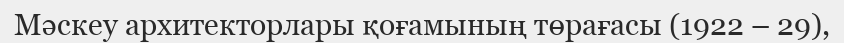
Мәскеу архитекторлары қоғамының төрағасы (1922 – 29),